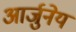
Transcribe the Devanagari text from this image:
आर्जुनेय